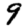
Digit: 9